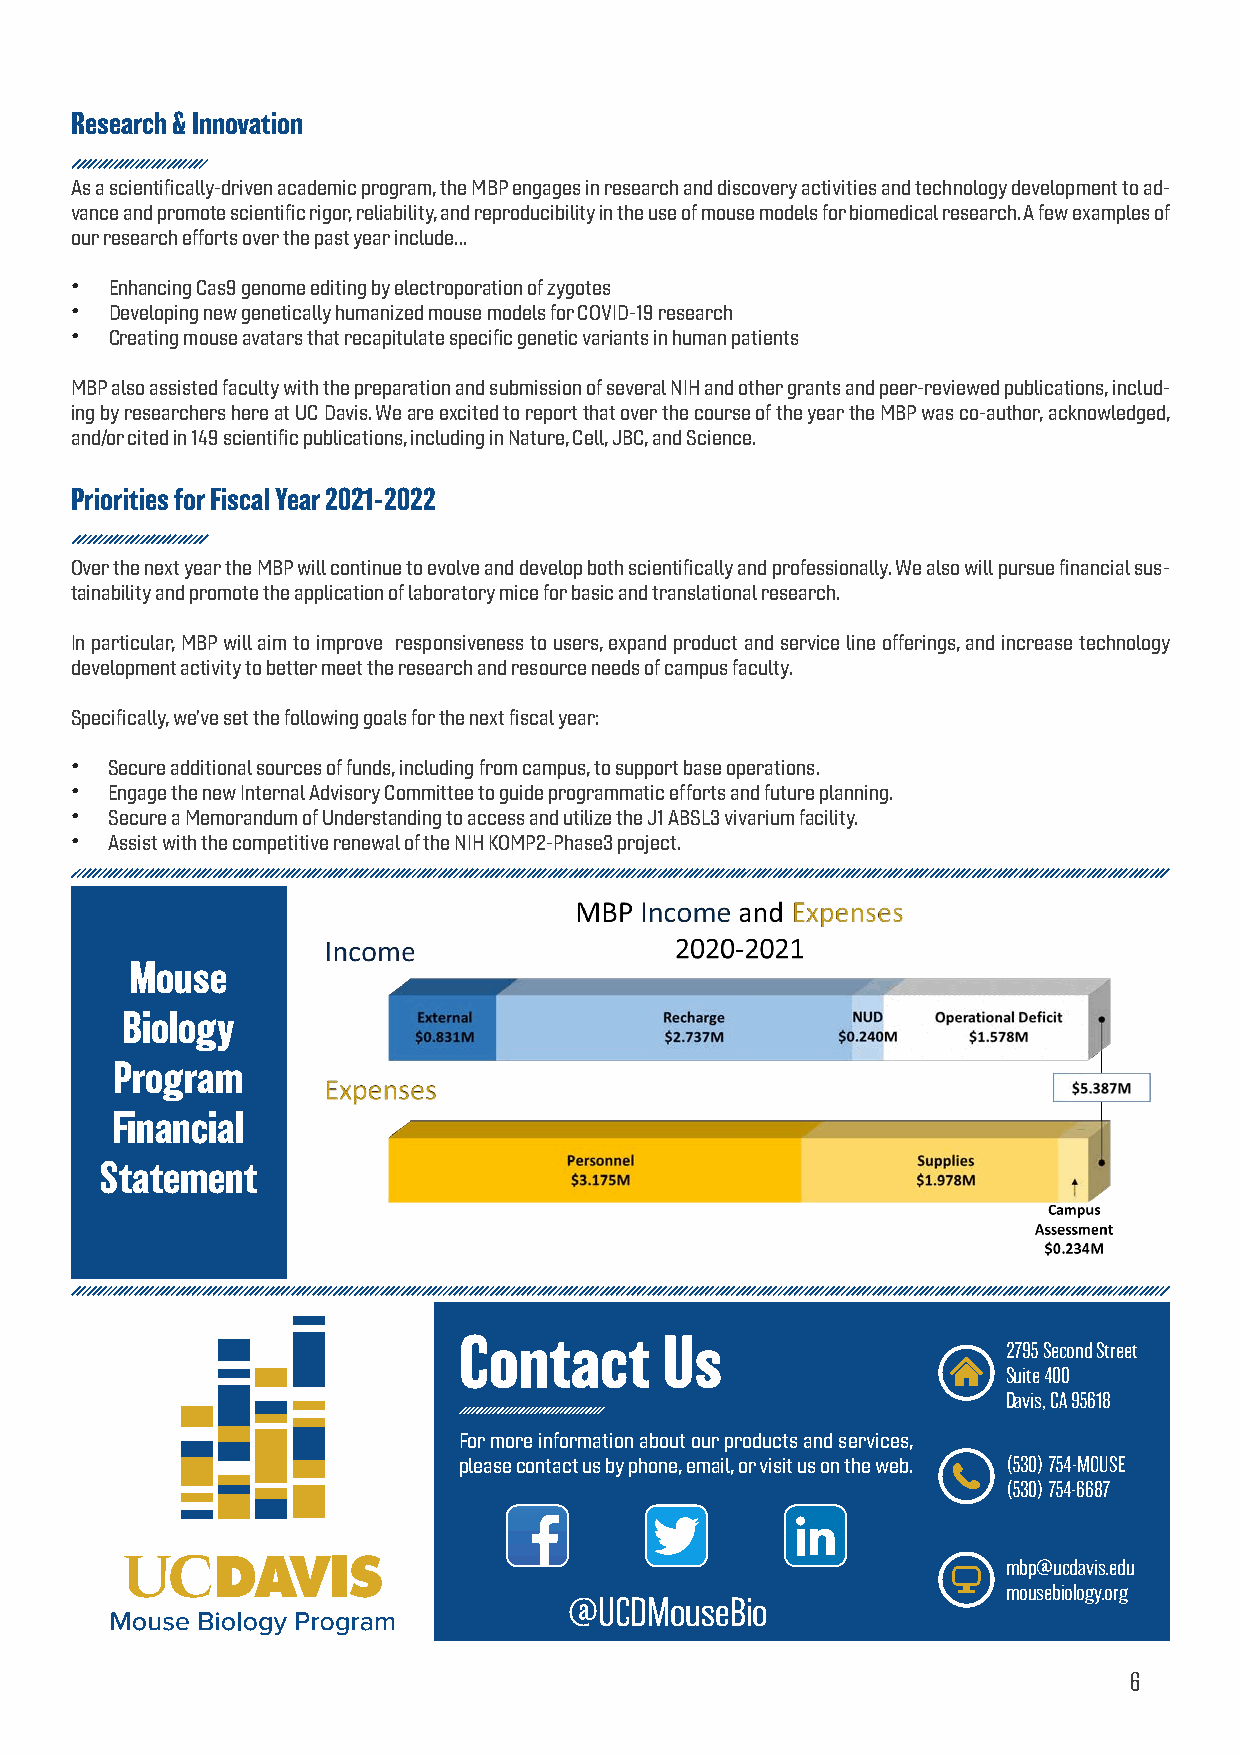
Research & Innovation
 As a scientifically-driven academic program, the MBP engages in research and discovery activities and technology development to ad-
 vance and promote scientific rigor, reliability, and reproducibility in the use of mouse models for biomedical research. A few examples of
 our research efforts over the past year include…
 • Enhancing Cas9 genome editing by electroporation of zygotes
 • Developing new genetically humanized mouse models for COVID-19 research
 • Creating mouse avatars that recapitulate specific genetic variants in human patients
 MBP also assisted faculty with the preparation and submission of several NIH and other grants and peer-reviewed publications, includ-
 ing by researchers here at UC Davis. We are excited to report that over the course of the year the MBP was co-author, acknowledged,
 and/or cited in 149 scientific publications, including in Nature, Cell, JBC, and Science.
 Priorities for Fiscal Year 2021-2022
 Over the next year the MBP will continue to evolve and develop both scientifically and professionally. We also will pursue financial sus-
 tainability and promote the application of laboratory mice for basic and translational research.
 In particular, MBP will aim to improve responsiveness to users, expand product and service line offerings, and increase technology
 development activity to better meet the research and resource needs of campus faculty.
 Specifically, we’ve set the following goals for the next fiscal year:
 • Secure additional sources of funds, including from campus, to support base operations.
 • Engage the new Internal Advisory Committee to guide programmatic efforts and future planning.
 • Secure a Memorandum of Understanding to access and utilize the J1 ABSL3 vivarium facility.
 • Assist with the competitive renewal of the NIH KOMP2-Phase3 project.
 Mouse
 Biology
 Program
 Financial
 Statement
 Contact       Us
 2795 Second Street
 Suite 400
 Davis, CA 95618
 For more information about our products and services,
 please contact us by phone, email, or visit us on the web. (530) 754-MOUSE
 (530) 754-6687
 mbp@ucdavis.edu
 mousebiology.org
 @UCDMouseBio
 6